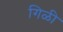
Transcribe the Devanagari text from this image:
गिळी